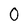
Character: 0